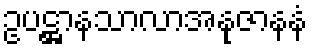
ဥပဋ္ဌာနသာလာအနုဇာနနံ